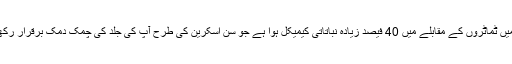
ایک تحقیق کے مطابق تربوز میں ٹماٹروں کے مقابلے میں 40 فیصد زیادہ نباتاتی کیمیکل ہوا ہے جو سن اسکرین کی طرح آپ کی جلد کی چمک دمک برقرار رکھنے میں مددگار ثابت ہوتا ہے۔